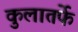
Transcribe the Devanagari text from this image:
कुलातर्फे